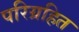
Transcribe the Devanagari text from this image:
परिग्रहित